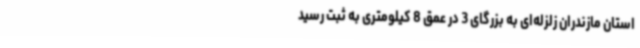
استان مازندران زلزله‌ای به بزرگای 3 در عمق 8 کیلومتری به ثبت رسید